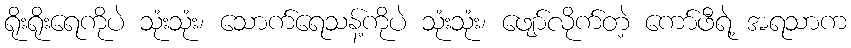
ရိုးရိုးရေကိုပဲ သုံးသုံး၊ သောက်ရေသန့်ကိုပဲ သုံးသုံး၊ ဖျော်လိုက်တဲ့ ကော်ဖီရဲ့ အရသာက